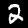
Label: 2